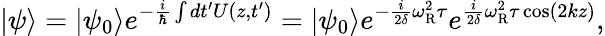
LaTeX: \left|\psi\right\rangle=\left|\psi_{0}\right\rangle e^{-{\frac{i}{\hbar}}\int dt^{\prime}U(z,t^{\prime})}=\left|\psi_{0}\right\rangle e^{-{\frac{i}{2\delta}}\omega_{\mathrm{R}}^{2}\tau}e^{{\frac{i}{2\delta}}\omega_{\mathrm{R}}^{2}\tau\cos(2kz)},